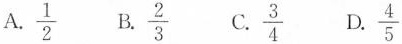
A.$$\frac{1}{2}$$ B.$$\frac{2}{3}$$ C.$$\frac{3}{4}$$ D.$$\frac{4}{5}$$